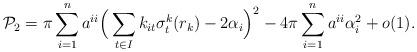
LaTeX: \begin{align*}\mathcal{P}_2=\pi\sum\limits_{i=1}^{n}a^{ii}\Big(\sum\limits_{t\in I}k_{it}\sigma^k_t(r_k)-2\alpha_i\Big)^2-4\pi\sum\limits_{i=1}^{n}a^{ii}\alpha_{i}^{2}+o(1).\end{align*}